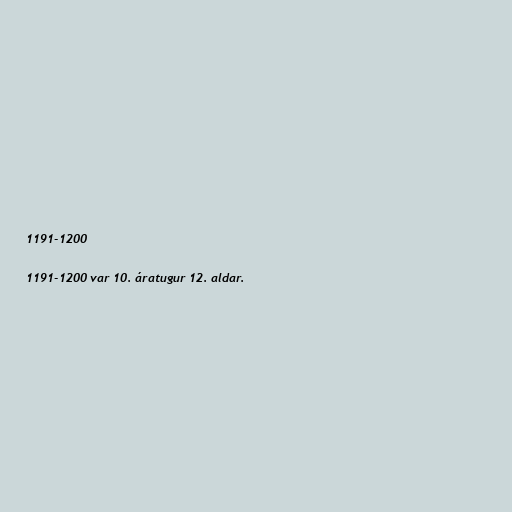
1191-1200

1191-1200 var 10. áratugur 12. aldar.